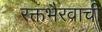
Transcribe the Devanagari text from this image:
रक्तभैरवाची